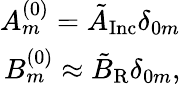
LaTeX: \begin{array}{r}{A_{m}^{(0)}=\tilde{A}_{\mathrm{Inc}}\delta_{0m}}\\ {B_{m}^{(0)}\approx\tilde{B}_{\mathrm{R}}\delta_{0m},}\end{array}